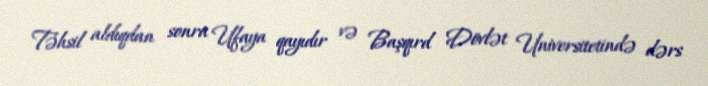
Təhsil aldıqdan sonra Ufaya qayıdır və Başqırd Dövlət Universitetində dərs